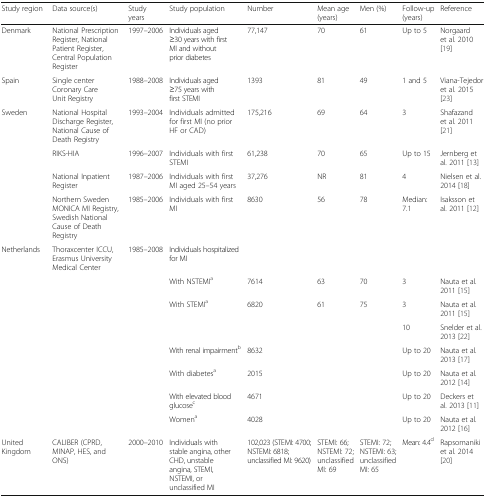
<table><thead><tr><td><b>Study region</b></td><td><b>Data source(s)</b></td><td><b>Study years</b></td><td><b>Study population</b></td><td><b>Number</b></td><td><b>Mean age (years)</b></td><td><b>Men (%)</b></td><td><b>Follow-up (years)</b></td><td><b>Reference</b></td></tr></thead><tbody><tr><td>Denmark</td><td>National Prescription Register, National Patient Register, Central Population Register</td><td>1997–2006</td><td>Individuals aged ≥30 years with first MI and without prior diabetes</td><td>77,147</td><td>70</td><td>61</td><td>Up to 5</td><td>Norgaard et al. 2010 [19]</td></tr><tr><td>Spain</td><td>Single center Coronary Care Unit Registry</td><td>1988–2008</td><td>Individuals aged ≥75 years with first STEMI</td><td>1393</td><td>81</td><td>49</td><td>1 and 5</td><td>Viana-Tejedor et al<i>.</i> 2015 [23]</td></tr><tr><td>Sweden</td><td>National Hospital Discharge Register, National Cause of Death Registry</td><td>1993–2004</td><td>Individuals admitted for first MI (no prior HF or CAD)</td><td>175,216</td><td>69</td><td>64</td><td>3</td><td>Shafazand et al. 2011 [21]</td></tr><tr><td></td><td>RIKS-HIA</td><td>1996–2007</td><td>Individuals with first STEMI</td><td>61,238</td><td>70</td><td>65</td><td>Up to 15</td><td>Jernberg et al<i>.</i> 2011 [13]</td></tr><tr><td></td><td>National Inpatient Register</td><td>1987–2006</td><td>Individuals with first MI aged 25–54 years</td><td>37,276</td><td>NR</td><td>81</td><td>4</td><td>Nielsen et al<i>.</i> 2014 [18]</td></tr><tr><td></td><td>Northern Sweden MONICA MI Registry, Swedish National Cause of Death Registry</td><td>1985–2006</td><td>Individuals with first MI</td><td>8630</td><td>56</td><td>78</td><td>Median: 7.1</td><td>Isaksson et al<i>.</i> 2011 [12]</td></tr><tr><td>Netherlands</td><td>Thoraxcenter ICCU, Erasmus University Medical Center</td><td>1985–2008</td><td>Individuals hospitalized for MI</td><td></td><td></td><td></td><td></td><td></td></tr><tr><td></td><td></td><td></td><td>With NSTEMI<sup>a</sup></td><td>7614</td><td>63</td><td>70</td><td>3</td><td>Nauta et al<i>.</i> 2011 [15]</td></tr><tr><td></td><td></td><td></td><td>With STEMI<sup>a</sup></td><td>6820</td><td>61</td><td>75</td><td>3</td><td>Nauta et al<i>.</i> 2011 [15]</td></tr><tr><td></td><td></td><td></td><td></td><td></td><td></td><td></td><td>10</td><td>Snelder et al. 2013 [22]</td></tr><tr><td></td><td></td><td></td><td>With renal impairment<sup>b</sup></td><td>8632</td><td></td><td></td><td>Up to 20</td><td>Nauta et al<i>.</i> 2013 [17]</td></tr><tr><td></td><td></td><td></td><td>With diabetes<sup>a</sup></td><td>2015</td><td></td><td></td><td>Up to 20</td><td>Nauta et al<i>.</i> 2012 [14]</td></tr><tr><td></td><td></td><td></td><td>With elevated blood glucose<sup>c</sup></td><td>4671</td><td></td><td></td><td>Up to 20</td><td>Deckers et al<i>.</i> 2013 [11]</td></tr><tr><td></td><td></td><td></td><td>Women<sup>a</sup></td><td>4028</td><td></td><td></td><td>Up to 20</td><td>Nauta et al<i>.</i> 2012 [16]</td></tr><tr><td>United Kingdom</td><td>CALIBER (CPRD, MINAP, HES, and ONS)</td><td>2000–2010</td><td>Individuals with stable angina, other CHD, unstable angina, STEMI, NSTEMI, or unclassified MI</td><td>102,023 (STEMI: 4700; NSTEMI: 6818; unclassified MI: 9620)</td><td>STEMI: 66; NSTEMI: 72; unclassified MI: 69</td><td>STEMI: 72; NSTEMI: 63; unclassified MI: 65</td><td>Mean: 4.4<sup>d</sup></td><td>Rapsomaniki et al. 2014 [20]</td></tr></tbody></table>